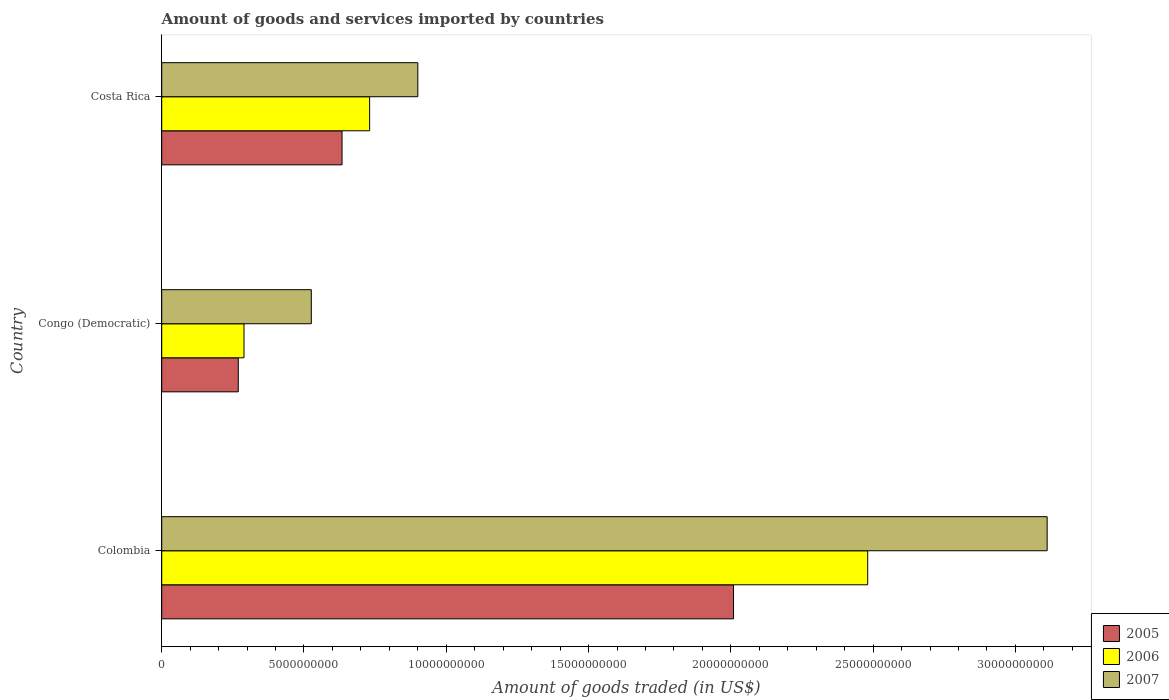
| Country | 2005 | 2006 | 2007 |
 | --- | --- | --- | --- |
 | Colombia | 2.01e+10 | 2.48e+10 | 3.11e+10 |
 | Congo (Democratic) | 2.69e+09 | 2.89e+09 | 5.26e+09 |
 | Costa Rica | 6.34e+09 | 7.31e+09 | 9e+09 |